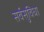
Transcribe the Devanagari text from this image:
सर्वसुविधा